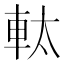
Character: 軚